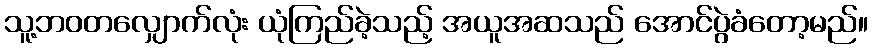
သူ့ဘဝတလျှောက်လုံး ယုံကြည်ခဲ့သည့် အယူအဆသည် အောင်ပွဲခံတော့မည်။